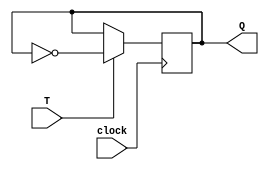
// Declaracao do modulo do flip-flop T
module fft (T, clock, Q);

	// Declaracao de portas
	input T;
   input clock;
   output reg Q;

   // Inicializao dos estados de Q e Qb
   initial begin
       Q = 0;
   end

   always @(posedge clock) begin
	
      if (T) begin
			Q <= ~Q;
      end
   end

endmodule